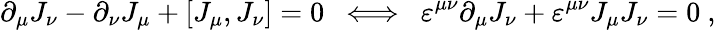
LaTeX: {\partial}_{\mu}J_{\nu}-{\partial}_{\nu}J_{\mu}+[J_{\mu},J_{\nu}]=0~~\Longleftrightarrow~~\varepsilon^{\mu\nu}{\partial}_{\mu}J_{\nu}+\varepsilon^{\mu\nu}J_{\mu}J_{\nu}=0~,